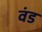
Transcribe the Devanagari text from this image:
वंड